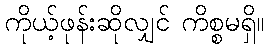
ကိုယ့်ဖုန်းဆိုလျှင် ကိစ္စမရှိ။